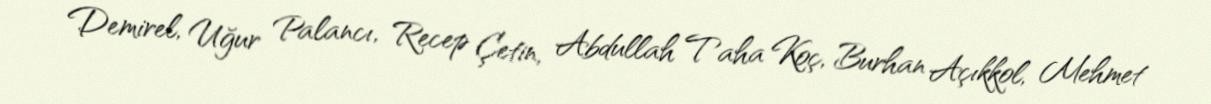
Demirel, Uğur Palancı, Recep Çetin, Abdullah Taha Koç, Burhan Açıkkol, Mehmet